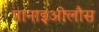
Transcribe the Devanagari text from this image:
पानाइओलौस